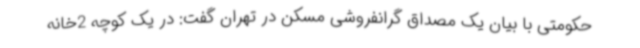
حکومتی با بیان یک مصداق گرانفروشی مسکن در تهران گفت: در یک کوچه 2خانه